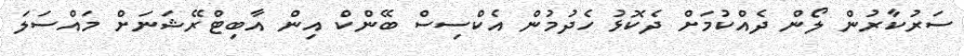
ސަރުކާރުން ލޯން ދެއްކުމަށް ދެކޮޅު ހެދުމުން އެކްސިސް ބޭންކް އިން އާބިޓްރޭޝަނަށް މައްސަލަ